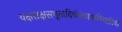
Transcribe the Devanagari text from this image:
यक्षराक्षसभूतादिचोरव्याघ्रविघातिनी